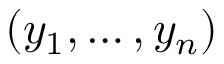
( y _ { 1 } , \ldots , y _ { n } )